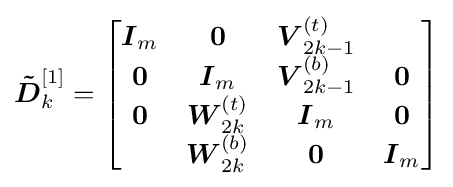
{\boldsymbol {\tilde {D}}}_{k}^{[1]}={\begin{bmatrix}{\boldsymbol {I}}_{m}&{\boldsymbol {0}}&{\boldsymbol {V}}_{2k-1}^{(t)}\\{\boldsymbol {0}}&{\boldsymbol {I}}_{m}&{\boldsymbol {V}}_{2k-1}^{(b)}&{\boldsymbol {0}}\\{\boldsymbol {0}}&{\boldsymbol {W}}_{2k}^{(t)}&{\boldsymbol {I}}_{m}&{\boldsymbol {0}}\\&{\boldsymbol {W}}_{2k}^{(b)}&{\boldsymbol {0}}&{\boldsymbol {I}}_{m}\end{bmatrix}}